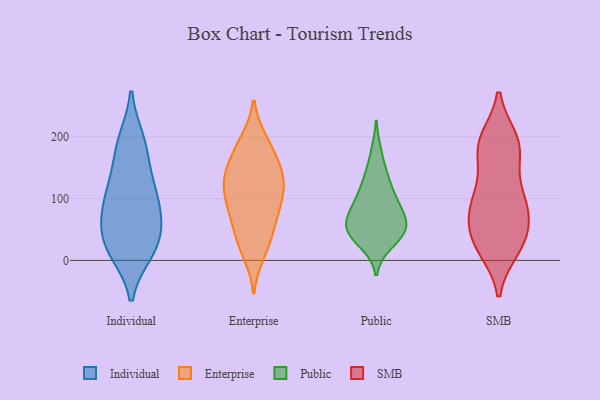
{"axis": {"x": "Temperature (°C)", "y": "Value"}, "legend": ["Enterprise", "Individual", "Public", "SMB"], "data": [{"x": "", "y": 167, "type": "Individual"}, {"x": "", "y": 121, "type": "Individual"}, {"x": "", "y": 15, "type": "Individual"}, {"x": "", "y": 120, "type": "Individual"}, {"x": "", "y": 14, "type": "Individual"}, {"x": "", "y": 19, "type": "Individual"}, {"x": "", "y": 30, "type": "Individual"}, {"x": "", "y": 67, "type": "Individual"}, {"x": "", "y": 104, "type": "Individual"}, {"x": "", "y": 191, "type": "Individual"}, {"x": "", "y": 91, "type": "Individual"}, {"x": "", "y": 62, "type": "Individual"}, {"x": "", "y": 57, "type": "Individual"}, {"x": "", "y": 194, "type": "Individual"}, {"x": "", "y": 133, "type": "Enterprise"}, {"x": "", "y": 139, "type": "Enterprise"}, {"x": "", "y": 12, "type": "Enterprise"}, {"x": "", "y": 98, "type": "Enterprise"}, {"x": "", "y": 68, "type": "Enterprise"}, {"x": "", "y": 106, "type": "Enterprise"}, {"x": "", "y": 192, "type": "Enterprise"}, {"x": "", "y": 32, "type": "Enterprise"}, {"x": "", "y": 193, "type": "Enterprise"}, {"x": "", "y": 166, "type": "Enterprise"}, {"x": "", "y": 20, "type": "Enterprise"}, {"x": "", "y": 109, "type": "Enterprise"}, {"x": "", "y": 174, "type": "Enterprise"}, {"x": "", "y": 129, "type": "Enterprise"}, {"x": "", "y": 87, "type": "Enterprise"}, {"x": "", "y": 65, "type": "Enterprise"}, {"x": "", "y": 57, "type": "Enterprise"}, {"x": "", "y": 128, "type": "Enterprise"}, {"x": "", "y": 144, "type": "Enterprise"}, {"x": "", "y": 109, "type": "Public"}, {"x": "", "y": 128, "type": "Public"}, {"x": "", "y": 56, "type": "Public"}, {"x": "", "y": 85, "type": "Public"}, {"x": "", "y": 75, "type": "Public"}, {"x": "", "y": 36, "type": "Public"}, {"x": "", "y": 46, "type": "Public"}, {"x": "", "y": 47, "type": "Public"}, {"x": "", "y": 137, "type": "Public"}, {"x": "", "y": 95, "type": "Public"}, {"x": "", "y": 55, "type": "Public"}, {"x": "", "y": 78, "type": "Public"}, {"x": "", "y": 28, "type": "Public"}, {"x": "", "y": 49, "type": "Public"}, {"x": "", "y": 174, "type": "Public"}, {"x": "", "y": 25, "type": "SMB"}, {"x": "", "y": 94, "type": "SMB"}, {"x": "", "y": 189, "type": "SMB"}, {"x": "", "y": 19, "type": "SMB"}, {"x": "", "y": 97, "type": "SMB"}, {"x": "", "y": 61, "type": "SMB"}, {"x": "", "y": 98, "type": "SMB"}, {"x": "", "y": 186, "type": "SMB"}, {"x": "", "y": 32, "type": "SMB"}, {"x": "", "y": 193, "type": "SMB"}, {"x": "", "y": 83, "type": "SMB"}, {"x": "", "y": 194, "type": "SMB"}, {"x": "", "y": 35, "type": "SMB"}, {"x": "", "y": 25, "type": "SMB"}, {"x": "", "y": 67, "type": "SMB"}, {"x": "", "y": 176, "type": "SMB"}, {"x": "", "y": 158, "type": "SMB"}, {"x": "", "y": 104, "type": "SMB"}]}